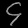
Digit: ၄